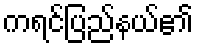
ကရင်ပြည်နယ်၏